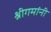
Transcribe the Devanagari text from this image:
श्रीगमांनी